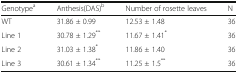
| Genotypea | Anthesis(DAS)b | Number of rosette leaves | N |
 | --- | --- | --- | --- |
 | WT | 31.86 ± 0.99 | 12.53 ± 1.48 | 36 |
 | Line 1 | 30.78 ± 1.29** | 11.67 ± 1.41* | 36 |
 | Line 2 | 31.03 ± 1.38* | 11.86 ± 1.40 | 36 |
 | Line 3 | 30.61 ± 1.34** | 11.25 ± 1.5** | 36 |